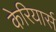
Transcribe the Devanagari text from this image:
केरियार्स